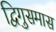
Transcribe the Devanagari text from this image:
द्विगुसमास